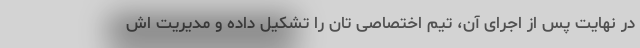
در نهایت پس از اجرای آن، تیم اختصاصی تان را تشکیل داده و مدیریت اش